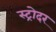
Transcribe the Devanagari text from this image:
स्ट्रोदर